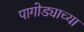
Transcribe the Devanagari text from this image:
पागोड्याच्या